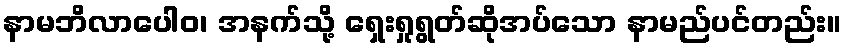
နာမဘိလာပေါဝ၊ အနက်သို့ ရှေးရှုရွတ်ဆိုအပ်သော နာမည်ပင်တည်း။